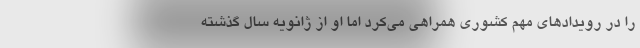
را در رویدادهای مهم کشوری همراهی می‌کرد اما او از ژانویه سال گذشته